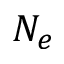
N _ { e }